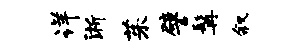
详淅茱譬髯叙